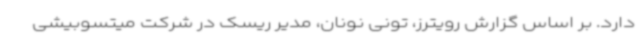
دارد. بر اساس گزارش رویترز، تونی نونان، مدیر ریسک در شرکت میتسوبیشی